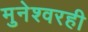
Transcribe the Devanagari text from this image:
मुनेश्वरही